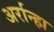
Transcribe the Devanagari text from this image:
अर्रान्हा